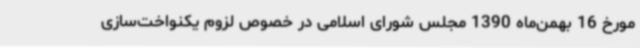
مورخ 16 بهمن‌ماه 1390 مجلس شورای اسلامی در خصوص لزوم یکنواخت‌سازی